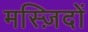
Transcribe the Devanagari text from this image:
मस्ज़िदों